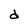
Character: d